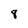
Character: 8